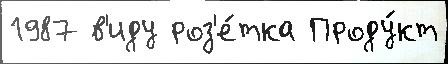
1987 в'иду роз'е́тка Проду́кт